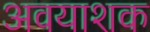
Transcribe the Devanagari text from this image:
अवयाशक